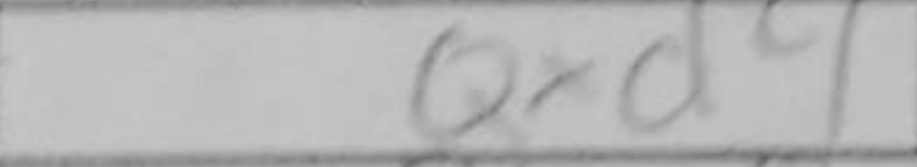
Transcription: Qxd4